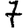
Digit: 7